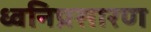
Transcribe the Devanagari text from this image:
ध्वनिप्रसारण